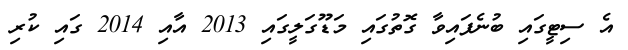
އެ ސިޓީގައި ބުނެފައިވާ ގޮތުގައި މަޑޫގަލީގައި 2013 އާއި 2014 ގައި ކުރި